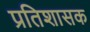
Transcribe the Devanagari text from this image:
प्रतिशासक